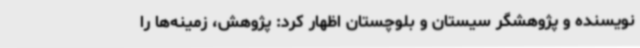
نویسنده و پژوهشگر سیستان و بلوچستان اظهار کرد: پژوهش، زمینه‌ها را